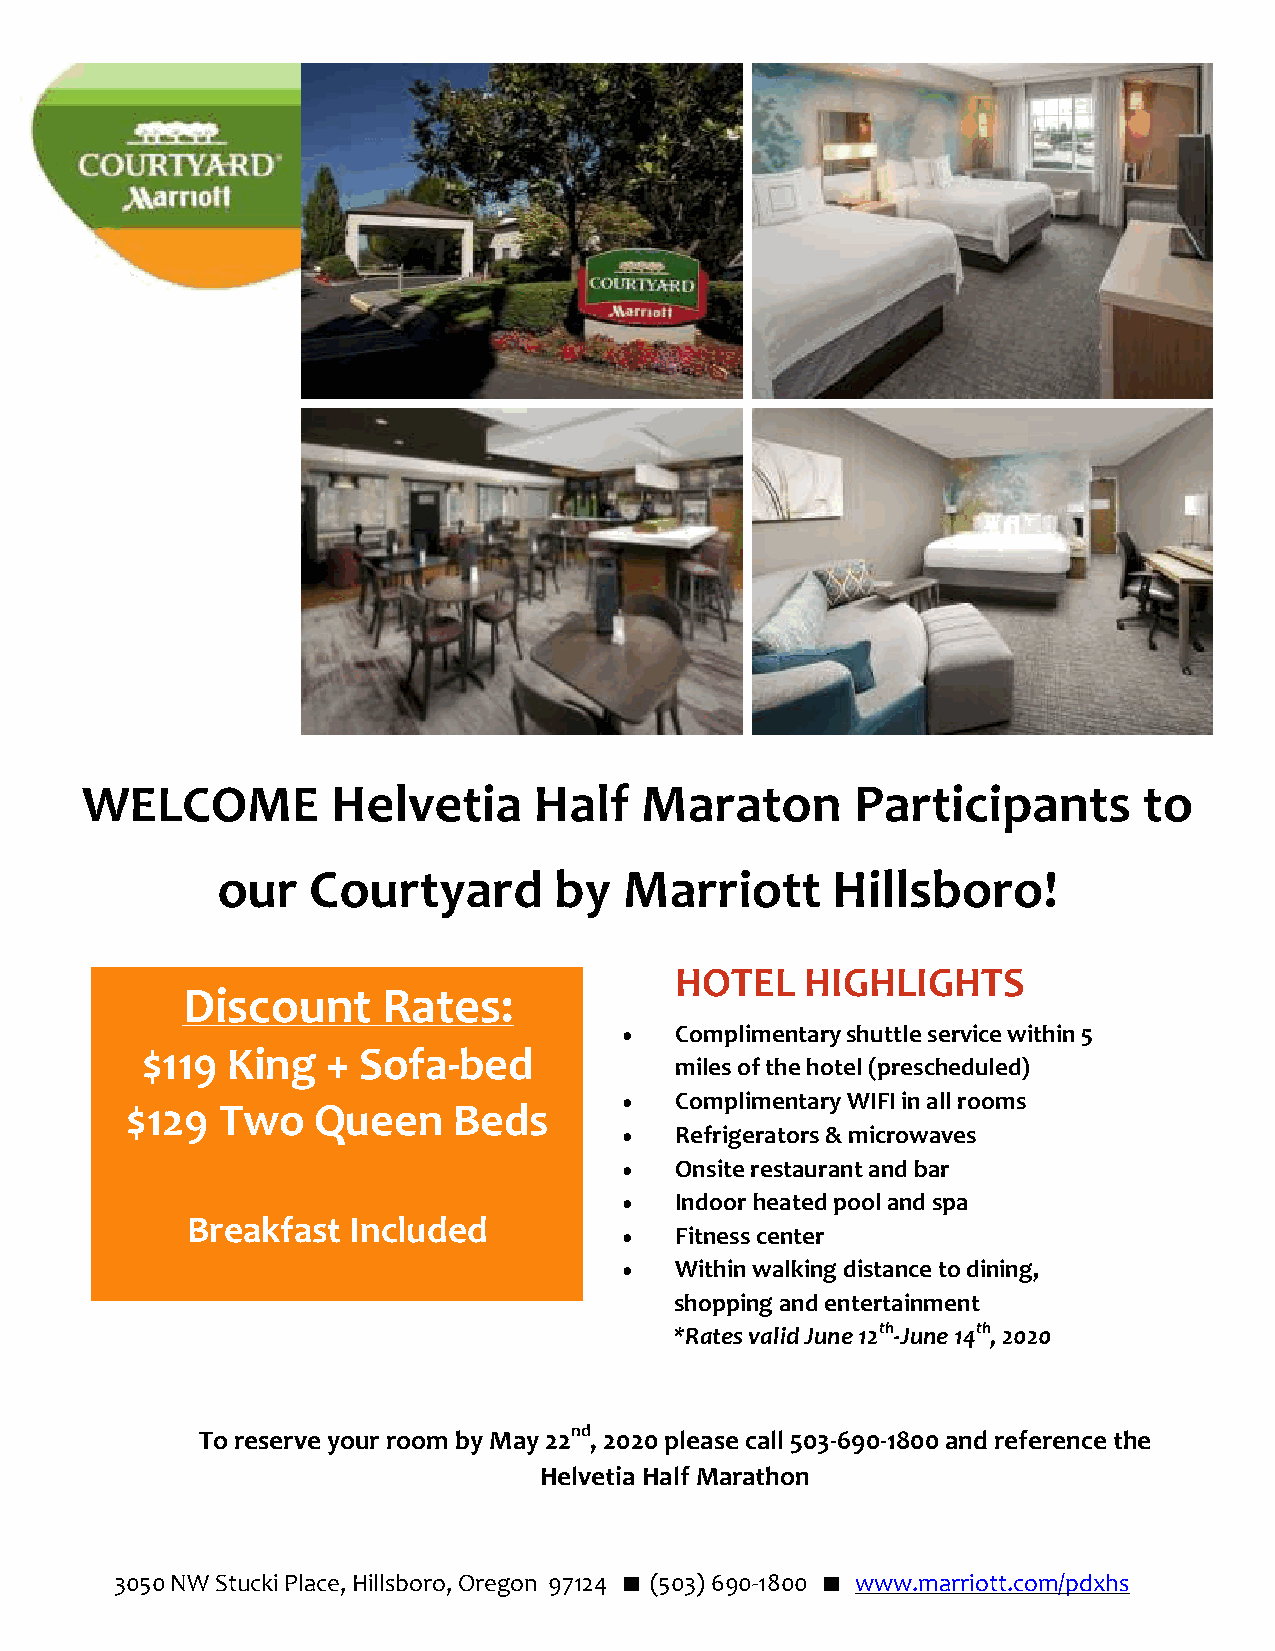
PORTLAND -
 HILLSBORO
 WELCOME          Helvetia     Half   Maraton        Participants       to
 our   Courtyard        by  Marriott      Hillsboro!
 HOTEL   HIGHLIGHTS
 Discount     Rates:
 •   Complimentary shuttle service within 5
 $119  King   + Sofa-bed
 miles of the hotel (prescheduled)
 3050 NW Stucki Place
 •   Complimentary WIFI in all rooms
 $129  Two    Queen    Beds
 Hillsboro, OR 97124
 •   Refrigerators & microwaves
 Phone: 1-503-690-1800                    •   Onsite restaurant and bar
 Fax: 1-503-690-0236                      •   Indoor heated pool and spa
 Breakfast  Included
 •   Fitness center
 •   Within walking distance to dining,
 shopping and entertainment
 *Rates valid June 12th-June 14th, 2020
 To reserve your room by May 22nd, 2020 please call 503‐690‐1800 and reference the
 Helvetia Half Marathon
 3050 NW Stucki Place, Hillsboro, Oregon 97124  (503) 690-1800  www.marriott.com/pdxhs